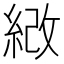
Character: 𦀻